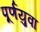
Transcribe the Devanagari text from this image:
पूर्णयुवा